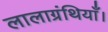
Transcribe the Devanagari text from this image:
लालाग्रंथियाँ।